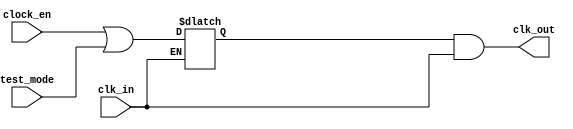
module e203_clkgate (
  input   clk_in,
  input   test_mode,
  input   clock_en,
  output  clk_out
);

reg enb;

always@(*)
  if (!clk_in)
    enb = (clock_en | test_mode);

assign clk_out = enb & clk_in;


endmodule